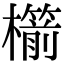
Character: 櫤